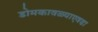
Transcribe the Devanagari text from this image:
डोमकावळ्याएवढा